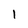
Character: 1